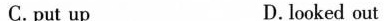
C.put up D. looked out